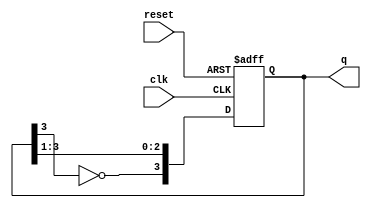
module Johnson_Counter #(
    parameter N = 4  // Number of flip-flops
)(
    input wire clk,         // Clock input
    input wire reset,       // Asynchronous reset
    output reg [N-1:0] q    // Output state of the counter
);

// Internal signal for feedback
reg feedback;

always @(posedge clk or posedge reset) begin
    if (reset) begin
        // Asynchronous reset
        q <= 0;
    end else begin
        // Johnson counter logic
        feedback = ~q[N-1];  // Invert the last flip-flop output
        q <= {feedback, q[N-1:1]};  // Shift and feed the inverted value
    end
end

endmodule